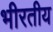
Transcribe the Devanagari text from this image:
भीरतीय